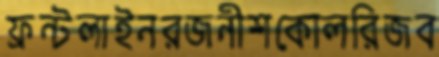
ফ্রন্টলাইনরজনীশকোলরিজব